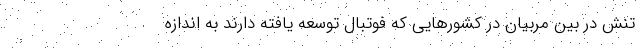
تنش در بین مربیان در کشورهایی که فوتبال توسعه یافته دارند به اندازه